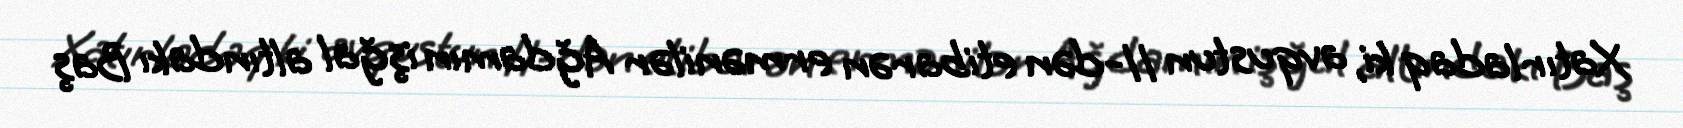
Xatırladaq ki, avqustun 11-dən etibarən ermənilər Ağdamın işğal altındakı Baş